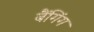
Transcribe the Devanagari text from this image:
बैंगिंग